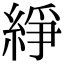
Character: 䋫